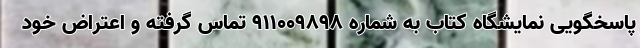
پاسخگویی نمایشگاه کتاب به شماره ۹۱۱۰۰۹۸۹۸ تماس گرفته و اعتراض خود